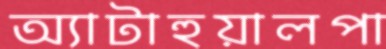
অ্যাটাহুয়ালপা